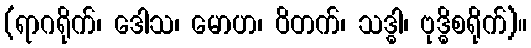
(ရာဂရိုက်၊ ဒေါသ၊ မောဟ၊ ဝိတက်၊ သဒ္ဓါ၊ ဗုဒ္ဓိစရိုက်)။